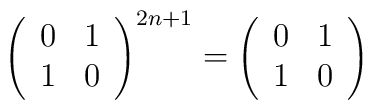
\left( \begin{array}{cc}0 & 1 \\ 1 & 0 \\\end{array}\right) ^{2n+1}=\left( \begin{array}{cc}0 & 1 \\ 1 & 0 \\\end{array}\right)